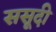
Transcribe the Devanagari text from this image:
ससूदी